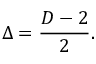
\Delta = { \frac { D - 2 } { 2 } } .